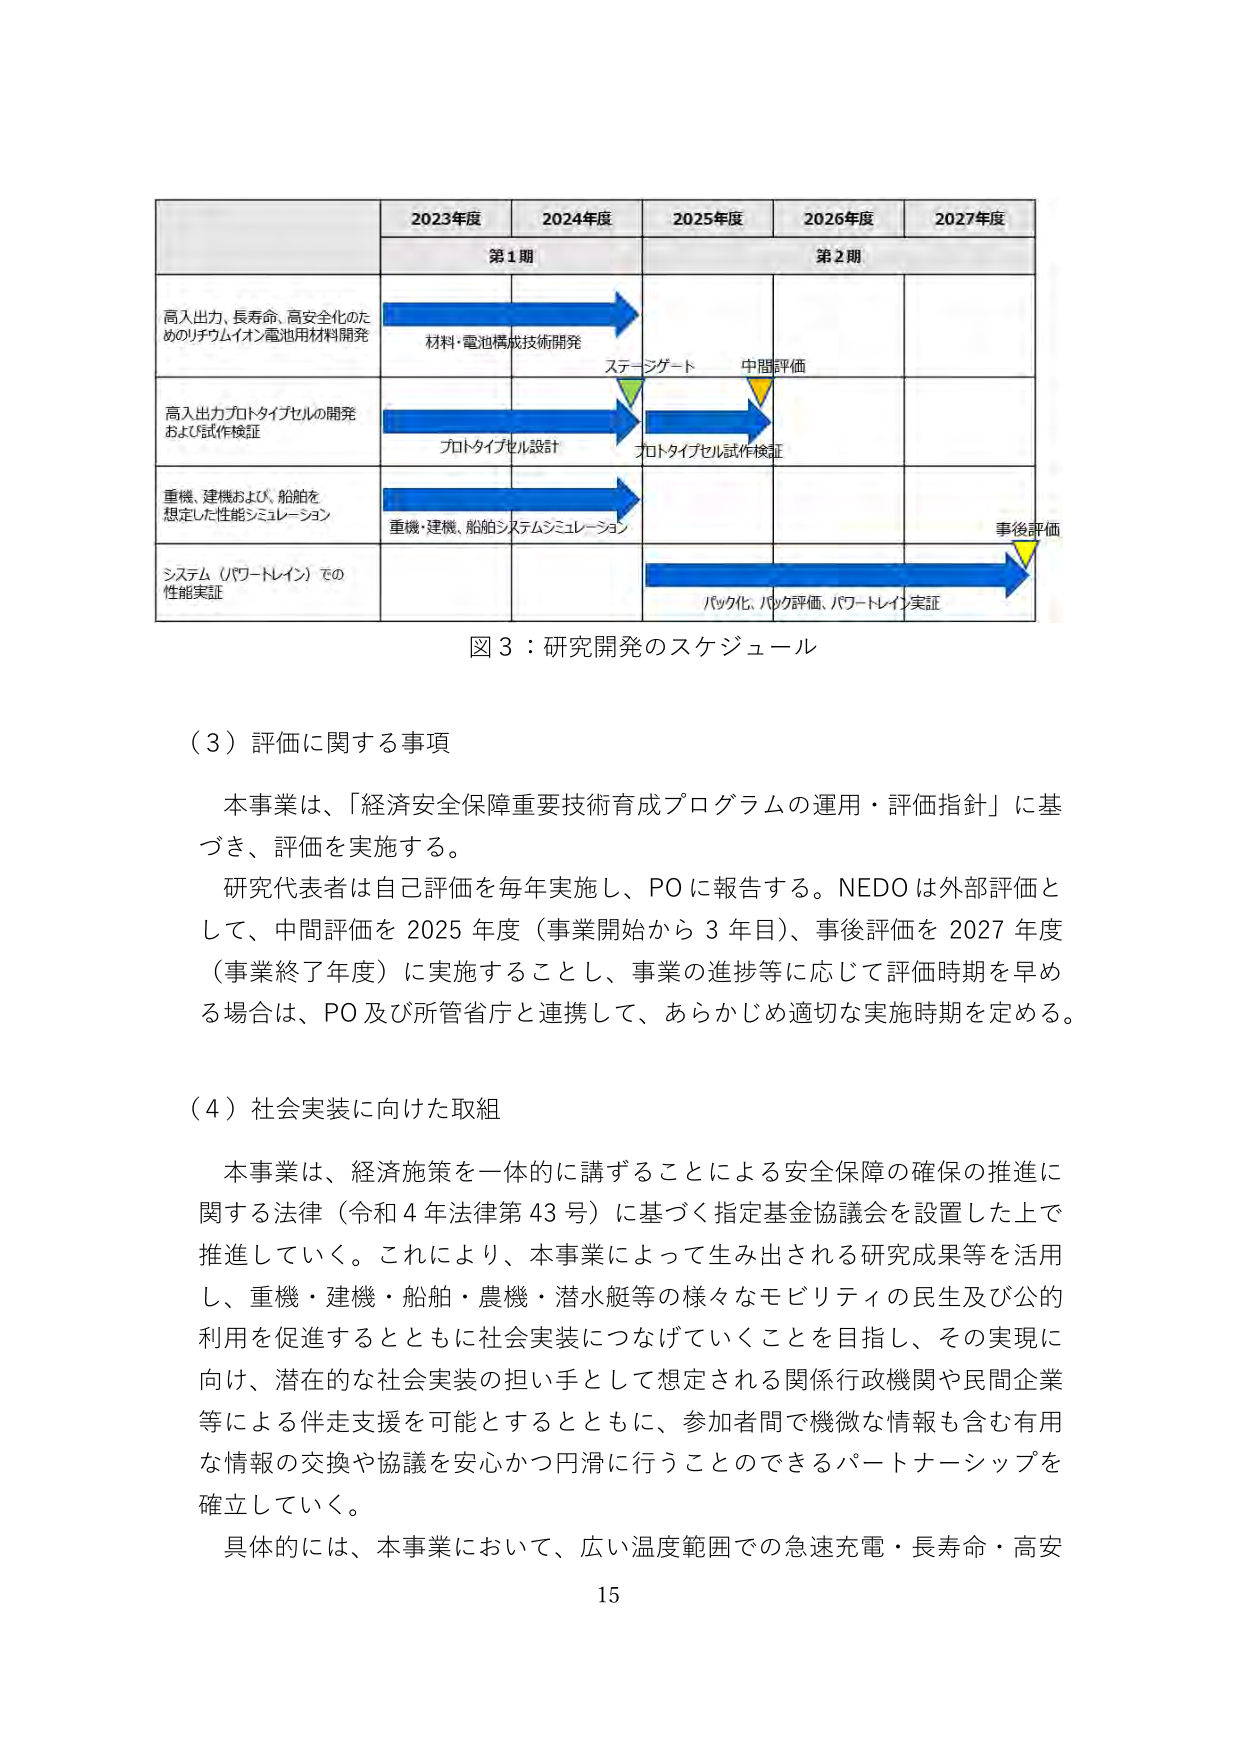
図３：研究開発のスケジュール

（３）評価に関する事項

本事業は、「経済安全保障重要技術育成プログラムの運用・評価指針」に基づき、評価を実施する。

研究代表者は自己評価を毎年実施し、POに報告する。NEDOは外部評価として、中間評価を2025年度（事業開始から3年目）、事後評価を2027年度（事業終了年度）に実施することとし、事業の進捗等に応じて評価時期を早める場合は、PO及び所管省庁と連携して、あらかじめ適切な実施時期を定める。

（４）社会実装に向けた取組

本事業は、経済施策を一体的に講ずることによる安全保障の確保の推進に関する法律（令和4年法律第43号）に基づく指定基金協議会を設置した上で推進していく。これにより、本事業によって生み出される研究成果等を活用し、重機・建機・船舶・農機・潜水艇等の様々なモビリティの民生及び公的利用を促進するとともに社会実装につなげていくことを目指し、その実現に向け、潜在的な社会実装の担い手として想定される関係行政機関や民間企業等による伴走支援を可能とするとともに、参加者間で機微な情報も含む有用な情報の交換や協議を安心かつ円滑に行うことができるパートナーシップを確立していく。

具体的には、本事業において、広い温度範囲での急速充電・長寿命・高安

15

2023年度 2024年度 2025年度 2026年度 2027年度
第1期 第2期
高入出力、長寿命、高安全化のためのリチウムイオン電池用材料開発
材料・電池構成技術開発
ステージゲート 中間評価
高入出力プロトタイプセルの開発および試作検証
プロトタイプセル設計
プロトタイプセル試作検証
重機、建機および、船舶を想定した性能シミュレーション
重機・建機、船舶システムシミュレーション
事後評価
システム（パワートレイン）での性能実証
パック化、パック評価、パワートレイン実証